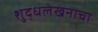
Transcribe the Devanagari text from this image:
शुद्धलेखनाचा